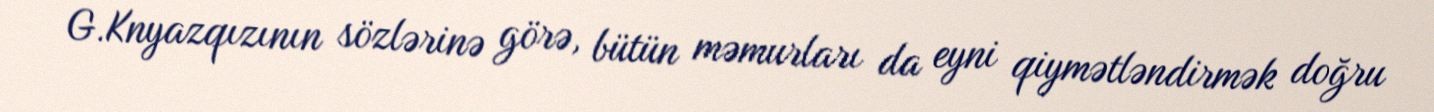
G.Knyazqızının sözlərinə görə, bütün məmurları da eyni qiymətləndirmək doğru